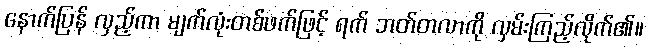
နောက်ပြန် လှည့်ကာ မျက်လုံးတစ်ဖက်ဖြင့် ရက် ဘတ်တလာကို လှမ်းကြည့်လိုက်၏။